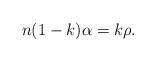
LaTeX: \begin{align*} n (1-k)\alpha=k\rho.\end{align*}